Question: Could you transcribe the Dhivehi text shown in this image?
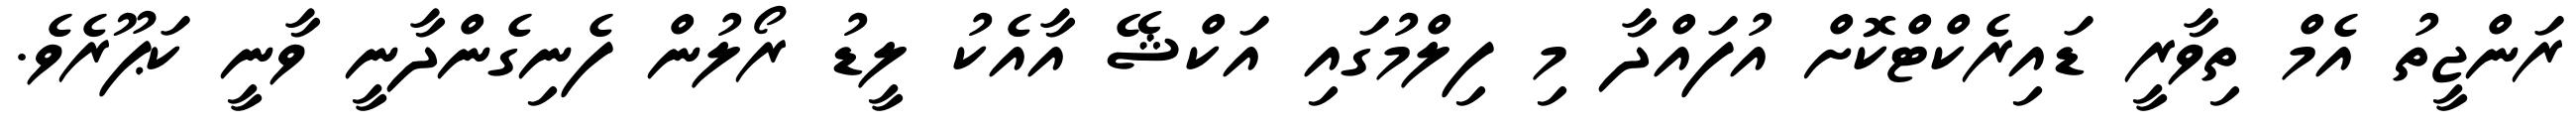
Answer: ރަންޖީތު އެމް ތިވާރީ ޑައިރެކްޓްކޮށް އުފައްދާ މި ފިލްމުގައި އަކްޝޭ އާއެކު ލީޑު ރޯލުން ފެނިގެންދާނީ ވާނީ ކަޕޫރެވެ.